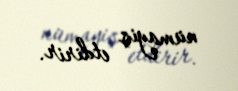
nümayiş etdirir.